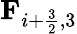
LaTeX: \textbf{F}_{i+\frac{3}{2},3}